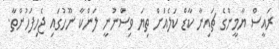
ރައީސް ޔާމީންގެ ޗައިނާ ކާޑް ކަލެއަށް ތިޔަ ވިސްނުނީ ލަންކާ ނޫހުގައި ޖެހިފަހުންތާ.